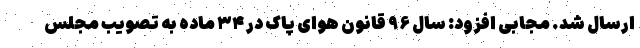
ارسال شد. مجابی افزود: سال ۹۶ قانون هوای پاک در ۳۴ ماده به تصویب مجلس